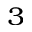
^ 3